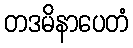
တဒမိနာပေတံ